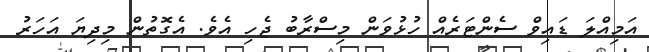
އަމިއްލަ ޑައިވް ސެންޓަރެއް ހުޅުވަން މިސްރާބު ޖެހި އެވެ. އެގޮތުން މިދިޔަ އަހަރު